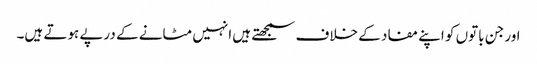
اور جن باتوں کو اپنے مفاد کے خلاف سمجھتے ہیں انہیں مٹانے کے درپے ہوتے ہیں۔